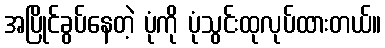
အပြိုင်ခွပ်နေတဲ့ ပုံကို ပုံသွင်းထုလုပ်ထားတယ်။